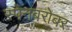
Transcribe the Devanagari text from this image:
स्पेनबरोबर